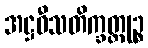
အဋ္ဌဝီသတိက္ခတ္တုဉ္စ